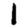
Digit: 1